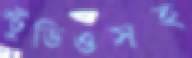
স্টুডিওসহ